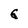
Character: G